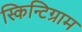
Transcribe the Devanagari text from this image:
स्किन्टिग्राम